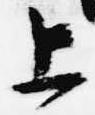
上